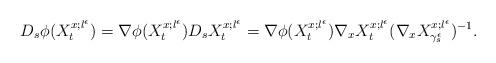
LaTeX: \begin{align*}D_{s}\phi(X_{t}^{x;l^\epsilon})=\nabla\phi(X_{t}^{x;l^\epsilon})D_{s}X_{t}^{x;l^\epsilon}=\nabla\phi(X_{t}^{x;l^\epsilon})\nabla_{x} X_{t}^{x;l^\epsilon}(\nabla_{x}X_{\gamma^{\epsilon}_{s}}^{x;l^\epsilon})^{-1}.\end{align*}